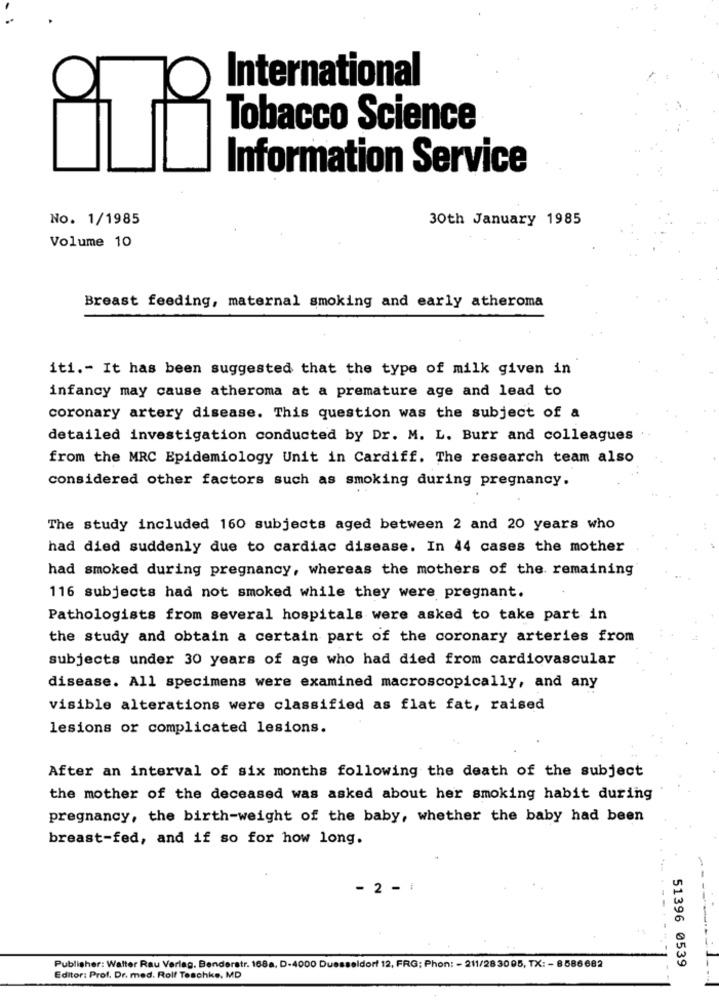
International
Tobacco Science
Information Service
No. 1/1985
30th January 1985
Volume 10
Breast feeding, maternal smoking and early atheroma
iti .- It has been suggested that the type of milk given in
infancy may cause atheroma at a premature age and lead to
coronary artery disease. This question was the subject of a
detailed investigation conducted by Dr. M. L. Burr and colleagues
from the MRC Epidemiology Unit in Cardiff. The research team also
considered other factors such as smoking during pregnancy.
The study included 160 subjects aged between 2 and 20 years who
had died suddenly due to cardiac disease. In 44 cases the mother
had smoked during pregnancy, whereas the mothers of the remaining
116 subjects had not smoked while they were pregnant.
Pathologists from several hospitals were asked to take part in
the study and obtain a certain part of the coronary arteries from
subjects under 30 years of age who had died from cardiovascular
disease. All specimens were examined macroscopically, and any
visible alterations were classified as flat fat, raised
lesions or complicated lesions.
After an interval of six months following the death of the subject
the mother of the deceased was asked about her smoking habit during
pregnancy, the birth-weight of the baby, whether the baby had been
breast-fed, and if so for how long.
- 2 - 1
----
--------
51396 0539
Publisher: Walter Rau Verlag. Benderstr. 168a. D-4000 Duesseldorf 12, FRG: Phon: - 211/28 3005, TX: - 8586682
1
Editor: Prof. Dr. med. Rolf Teschke, MD